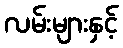
လမ်းများနှင့်